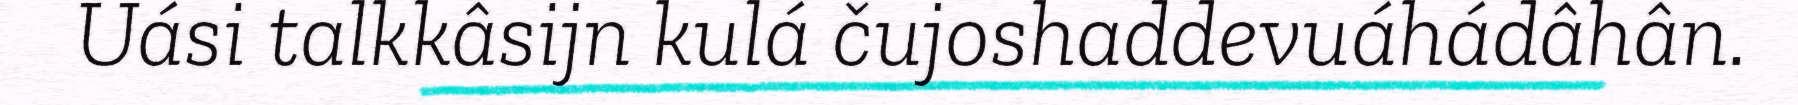
Uási talkkâsijn kulá čujoshaddevuáhádâhân.